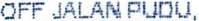
OFF JALANPUDU,